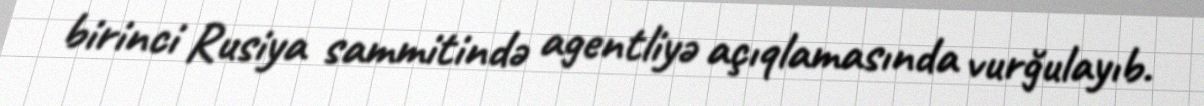
birinci Rusiya sammitində agentliyə açıqlamasında vurğulayıb.